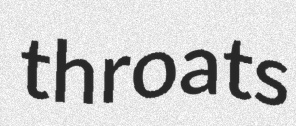
throats